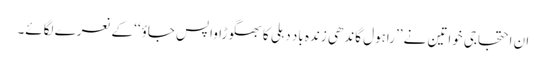
ان احتجاجی خواتین نے ’’راہول گاندھی زندہ باد دہلی کا بھگوڑا واپس جاؤ‘‘ کے نعرے لگائے۔